Civil Veterinary Dept. Bombay admin report 1914-1922 - 1914-1922
Year: 1914
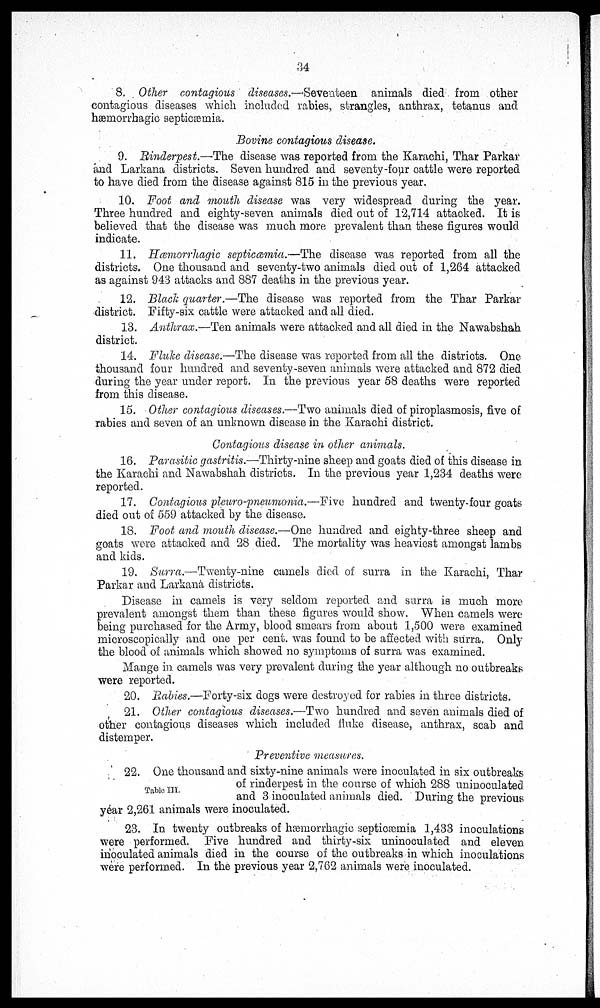
34
8. Other contagious diseases.—Seventeen animals died from other
contagious diseases which included rabies, strangles, anthrax, tetanus and
hæmorrhagic septicæmia.
Bovine contagious disease.
9. Rinderpest.—The disease was reported from the Karachi, Thar Parkar
and Larkana districts. Seven hundred and seventy-four cattle were reported
to have died from the disease against 815 in the previous year.
10. Foot and mouth disease was very widespread during the year.
Three hundred and eighty-seven animals died out of 12,714 attacked. It is
believed that the disease was much more prevalent than these figures would
indicate.
11. Hæmorrhagic septicæmia.—The disease was reported from all the
districts. One thousand and seventy-two animals died out of 1,264 attacked
as against 943 attacks and 887 deaths in the previous year.
12. Black quarter.—The disease was reported from the Thar Parkar
district. Fifty-six cattle were attacked and all died.
13. Anthrax.—Ten animals were attacked and all died in the Nawabshah
district.
14. Fluke disease.—The disease was reported from all the districts. One
thousand four hundred and seventy-seven animals were attacked and 872 died
during the year under report. In the previous year 58 deaths were reported
from this disease.
15. Other contagious diseases.—Two animals died of piroplasmosis, five of
rabies and seven of an unknown disease in the Karachi district.
Contagious disease in other animals.
16. Parasitic gastritis.—Thirty-nine sheep and goats died of this disease in
the Karachi and Nawabshah districts. In the previous year 1,234 deaths were
reported.
17. Contagious pleuro-pneumonia.—Five hundred and twenty-four goats
died out of 559 attacked by the disease.
18. Foot and mouth disease.—One hundred and eighty-three sheep and
goats were attacked and 28 died. The mortality was heaviest amongst lambs
and kids.
19. Surra.—Twenty-nine camels died of surra in the Karachi, Thar
Parkar and Larkana districts.
Disease in camels is very seldom reported and surra is much more
prevalent amongst them than these figures would show. When camels were
being purchased for the Army, blood smears from about 1,500 were examined
microscopically and one per cent. was found to be affected with surra. Only
the blood of animals which showed no symptoms of surra was examined.
Mange in camels was very prevalent during the year although no outbreaks
were reported.
20. Rabies.—Forty-six dogs were destroyed for rabies in three districts.
21. Other contagious diseases.—Two hundred and seven animals died of
other contagions diseases which included fluke disease, anthrax, scab and
distemper.
Preventive measures.
Table III.
22. One thousand and sixty-nine animals were inoculated in six outbreaks
of rinderpest in the course of which 288 uninoculated
and 3 inoculated animals died. During the previous
year 2,261 animals were inoculated.
23. In twenty outbreaks of hæmorrhagic septicæmia 1,433 inoculations
were performed. Five hundred and thirty-six uninoculated and eleven
inoculated animals died in the course of the outbreaks in which inoculations
were performed. In the previous year 2,762 animals were inoculated.